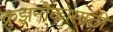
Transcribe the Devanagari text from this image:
क्रुझनौकांसाठी